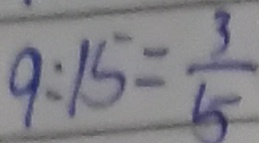
9 : 1 5 = \frac { 3 } { 5 }